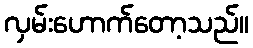
လှမ်းဟောက်တော့သည်။